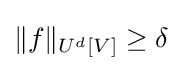
\Vert f\Vert _{U^{d}[V]}\geq \delta